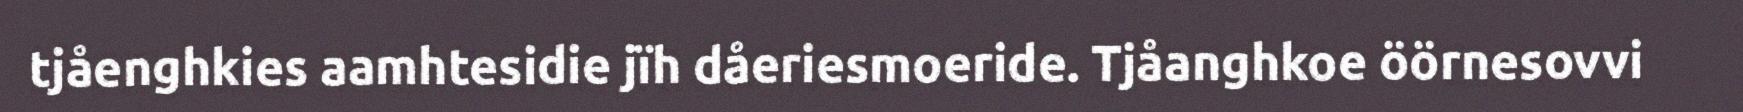
tjåenghkies aamhtesidie jïh dåeriesmoeride. Tjåanghkoe öörnesovvi